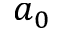
a _ { 0 }